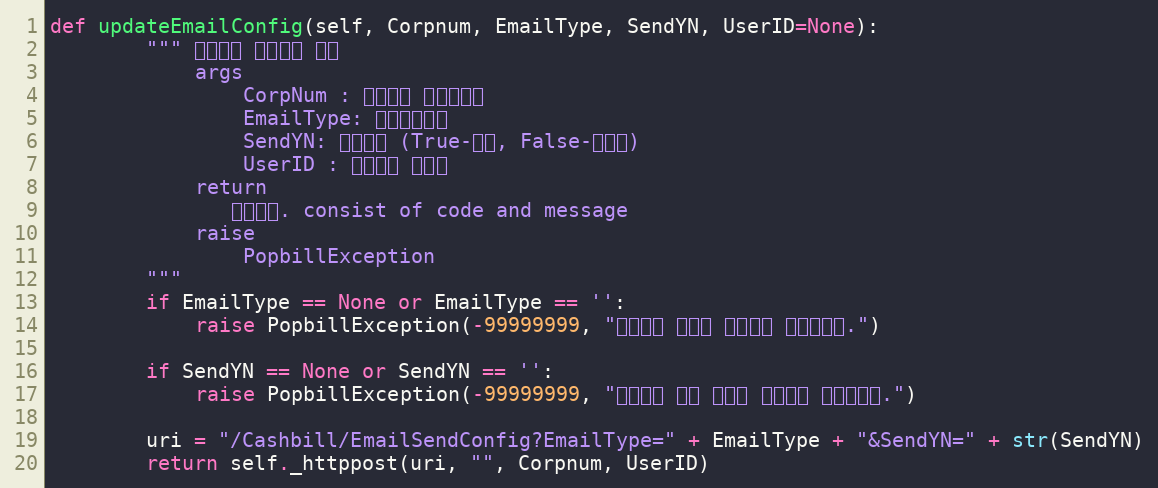
Language: Python
def updateEmailConfig(self, Corpnum, EmailType, SendYN, UserID=None):
        """ 알림메일 전송설정 수정
            args
                CorpNum : 팝빌회원 사업자번호
                EmailType: 메일전송유형
                SendYN: 전송여부 (True-전송, False-미전송)
                UserID : 팝빌회원 아이디
            return
               처리결과. consist of code and message
            raise
                PopbillException
        """
        if EmailType == None or EmailType == '':
            raise PopbillException(-99999999, "메일전송 타입이 입력되지 않았습니다.")

        if SendYN == None or SendYN == '':
            raise PopbillException(-99999999, "메일전송 여부 항목이 입력되지 않았습니다.")

        uri = "/Cashbill/EmailSendConfig?EmailType=" + EmailType + "&SendYN=" + str(SendYN)
        return self._httppost(uri, "", Corpnum, UserID)